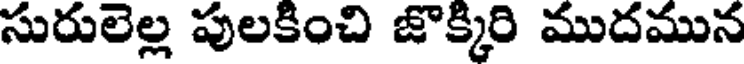
సురులెల్ల పులకించి జొక్కిరి ముదమున